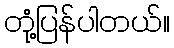
တုံ့ပြန်ပါတယ်။